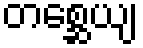
တစ္ဆေယျ